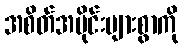
အစိတ်အပိုင်းများစွာကို